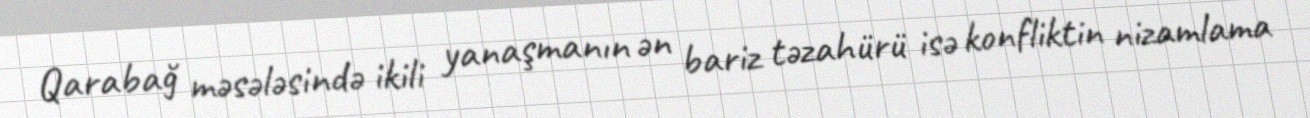
Qarabağ məsələsində ikili yanaşmanın ən bariz təzahürü isə konfliktin nizamlama